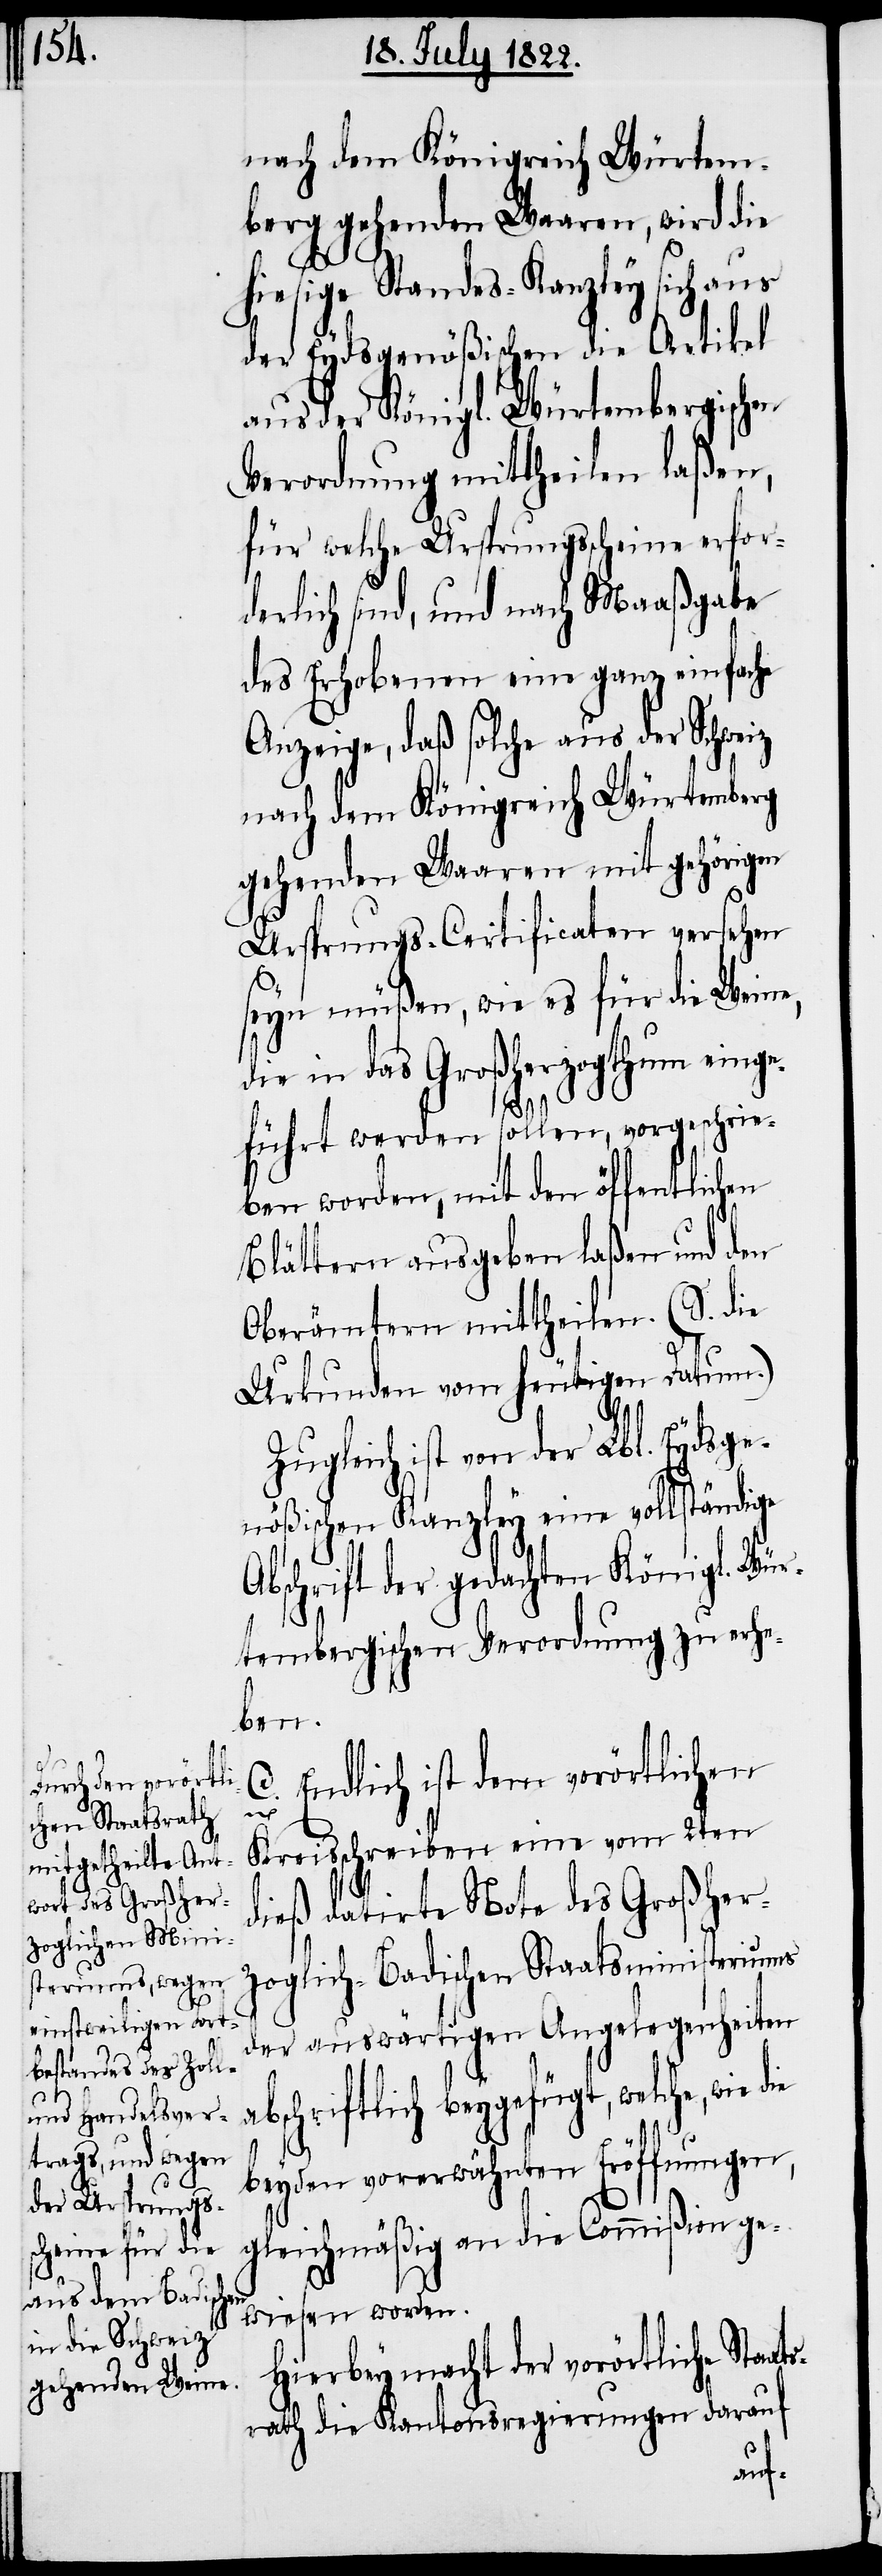
nach dem Königreich Würtem¬
berg gehenden Waaren, wird die
hiesige Standes-Kanzley sich aus
der Eydsgenößischen die Artikel
aus der Königl. Würtembergischen
Verordnung mittheilen laßen,
für welche Ursprungsscheine erfor¬
derlich sind, und nach Maaßgabe
des Erhobenen eine ganz einfache
Anzeige, daß solche aus der Schweiz
nach dem Königreich Würtemberg
gehenden Waaren mit gehörigen
Ursprungs-Certificaten versehen
seyn müßen, wie es für die Weine,
die in das Großherzogthum einge¬
führt werden sollen, vorgeschrie¬
ben worden, mit den öffentlichen
Blättern ausgeben laßen und den
Oberämtern mittheilen. (S. die
Urkunden vom heutigen Datum.)
Zugleich ist von der Lbl. Eydsge¬
nößischen Kanzley eine vollständige
Abschrift der gedachten Königl. Wür¬
tembergischen Verordnung zu erhe¬
ben.
C. Endlich ist dem vorörtlichen
ats¬
Kreisschreiben eine vom 2ten
dieß datirte Note des Großher¬
zoglich-Badischen Staatsministeriums
der auswärtigen Angelegenheiten
abschriftlich beygefügt, welche, wie die
beyden vorerwähnten Eröffnungen,
gleichmäßig an die Commißion ge¬
wiesen worden.
Hierbey mach der vorörtliche Sta¬
rath die Kantonsregierungen darauf